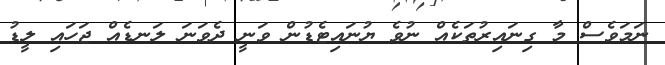
ނަމަވެސް މާ ގިނައިރުތަކެއް ނުވެ ޔުނައިޓެޑުން ވަނީ ދެވަނަ ލަނޑެއް ޖަހައި ލީޑު